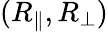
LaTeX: (R_{\parallel},R_{\perp})